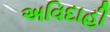
અવિદાહી